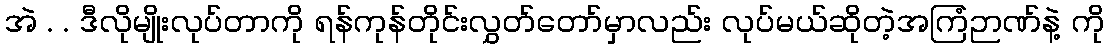
အဲ . . ဒီလိုမျိုးလုပ်တာကို ရန်ကုန်တိုင်းလွှတ်တော်မှာလည်း လုပ်မယ်ဆိုတဲ့အကြံဉာဏ်နဲ့ ကို